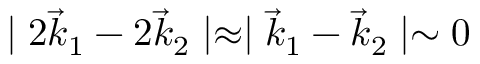
\mid 2 \vec { k } _ { 1 } - 2 \vec { k } _ { 2 } \mid \approx \mid \vec { k } _ { 1 } - \vec { k } _ { 2 } \mid \sim 0